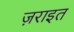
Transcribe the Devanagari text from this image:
ज़राइत